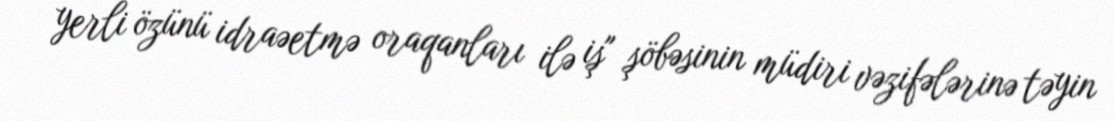
yerli özünü idraəetmə oraqanları ilə iş" şöbəsinin müdiri vəzifələrinə təyin